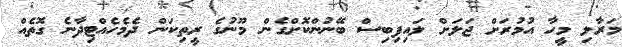
މަރާލި މީހާ އުމުރަށް ޖަލަށް ލައިފިބިސް ބޭނުންކޮށްގެން މޫނުގެ ރީތިކަން ދެމެހެއްޓިދާނެ ގޮތެއް